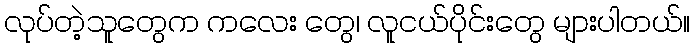
လုပ်တဲ့သူတွေက ကလေး တွေ၊ လူငယ်ပိုင်းတွေ များပါတယ်။